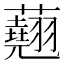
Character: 𧄍